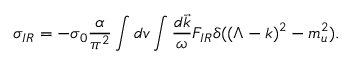
\sigma _ { I R } = - \sigma _ { 0 } { \frac { \alpha } { \pi ^ { 2 } } } \int d v \int { \frac { d \vec { k } } { \omega } } F _ { I R } \delta ( ( \Lambda - k ) ^ { 2 } - m _ { u } ^ { 2 } ) .